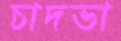
চাদভা